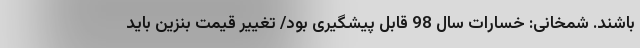
باشند. شمخانی: خسارات سال 98 قابل پیشگیری بود/ تغییر قیمت بنزین باید